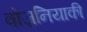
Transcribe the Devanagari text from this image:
वोज़नियाकी